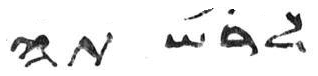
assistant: לרשתה